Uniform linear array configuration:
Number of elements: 24
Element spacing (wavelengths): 0.25
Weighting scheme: kaiser
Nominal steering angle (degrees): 45
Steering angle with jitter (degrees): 46.042
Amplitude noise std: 0.05
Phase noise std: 0.05

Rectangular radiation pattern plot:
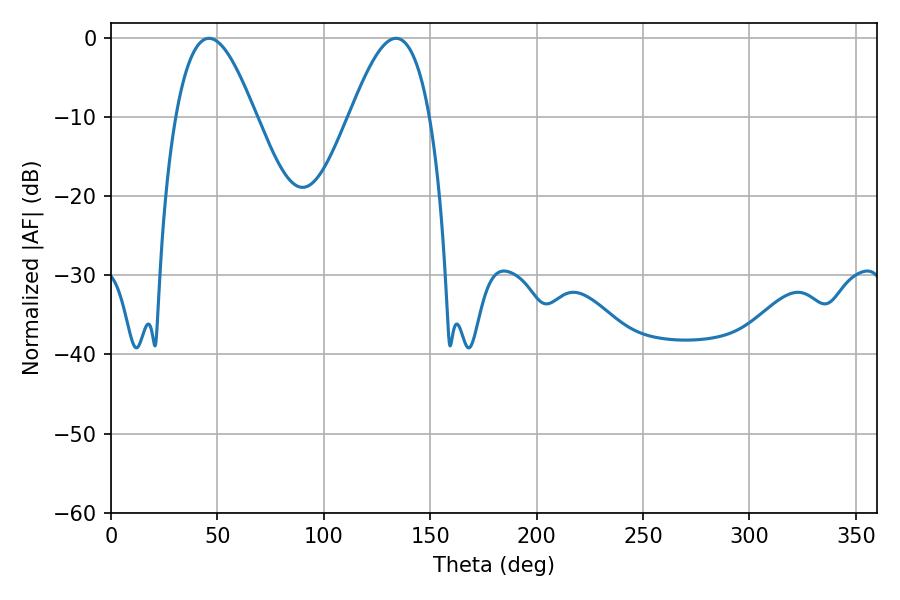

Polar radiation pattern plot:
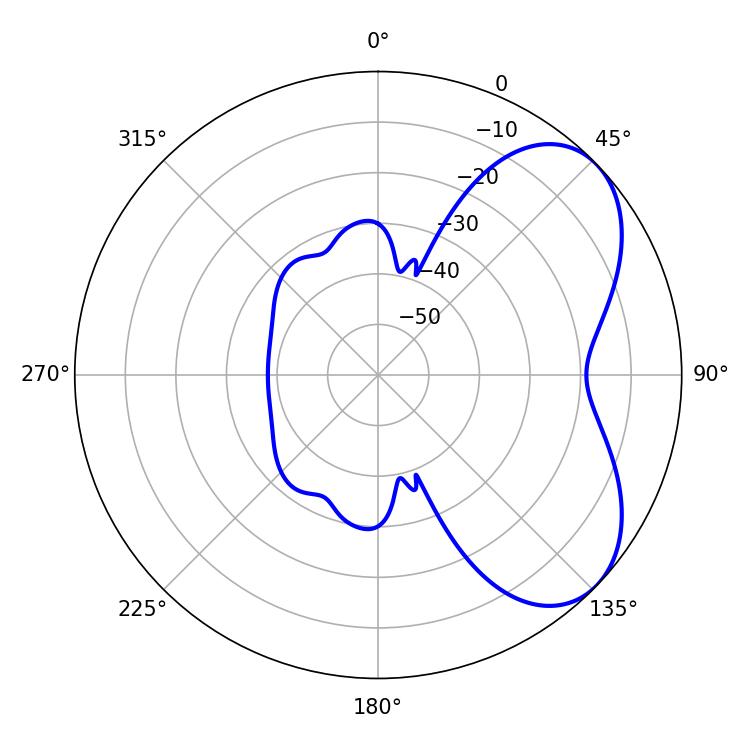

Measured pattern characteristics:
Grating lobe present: FALSE
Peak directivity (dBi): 5.411
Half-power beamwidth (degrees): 20.34
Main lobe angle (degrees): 46.08